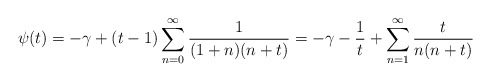
\begin{align*}\psi(t)=-\gamma + (t-1) \sum_{n=0}^{\infty}\frac{1}{(1+n)(n+t)}=-\gamma - \frac{1}{t} + \sum_{n=1}^{\infty}\frac{t}{n(n+t)}\end{align*}